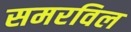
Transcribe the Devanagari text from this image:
समरविल